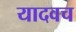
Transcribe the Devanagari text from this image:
यादवच